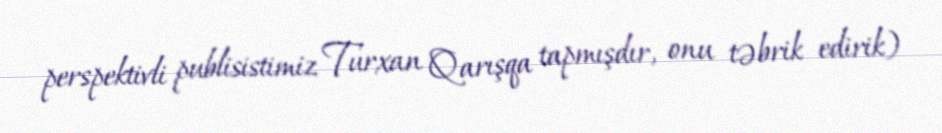
perspektivli publisistimiz Turxan Qarışqa tapmışdır, onu təbrik edirik)